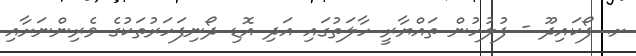
ށ. ފޯކައިދޫ - ފުލުހުން ތައްޔާރީ ހާލަތުގައި އަދި އޮޑި ދޯނިފަހަރުތަކުގެ ވެރިންނަށާއި